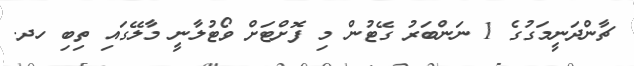
ޗާންދަނީމަގުގެ 1 ނަންބަރު ގޭޓުން މި ފޮށްޓަށް ވޯޓުލާނީ މާލޭގައި ތިބި ހދ.